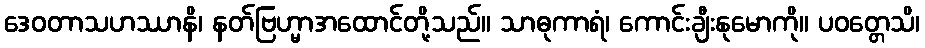
ဒေဝတာသဟဿာနိ၊ နတ်ဗြဟ္မာအထောင်တို့သည်။ သာဓုကာရံ၊ ကောင်းချီးနုမောကို။ ပဝတ္တေသိ၊